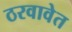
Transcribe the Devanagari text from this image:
ठरवावेत